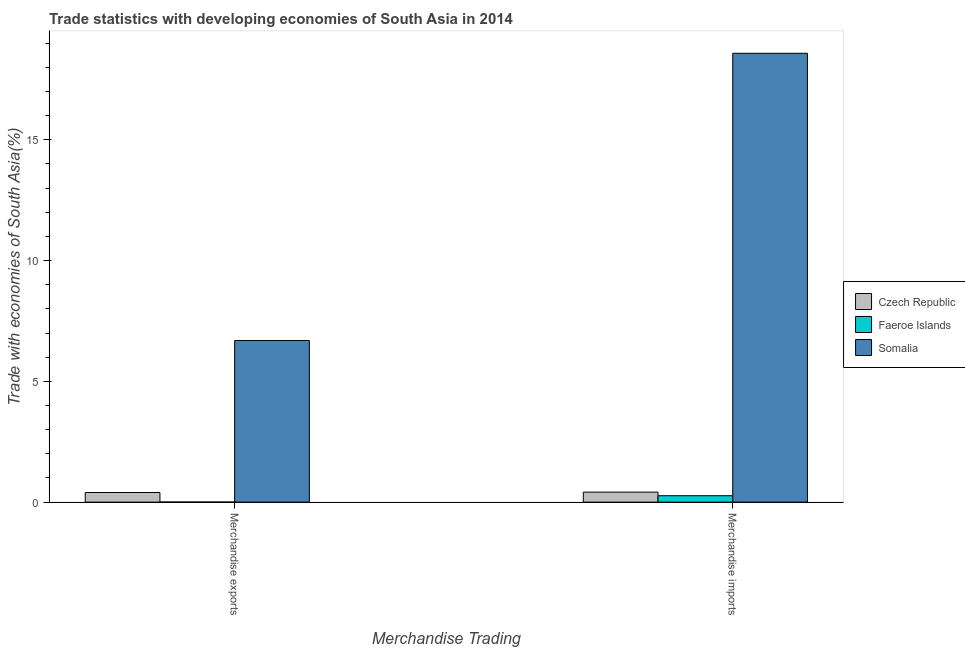
| Merchandise Trading | Czech Republic | Faeroe Islands | Somalia |
 | --- | --- | --- | --- |
 | Merchandise exports | 0.399 | 0.00328 | 6.69 |
 | Merchandise imports | 0.414 | 0.265 | 18.6 |